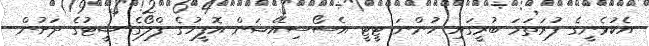
އެކުވެނީގެ ފުރަތަމަ ބުރީގައި ހުންނަ ޓީޓީ އެސޯސިއޭޝަން އޮފީހުގެ ފްލޯގެ ޝީޓުގެ ދަށުން